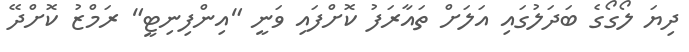
ދިޔަ ލޯގޯގެ ބަދަލުގައި އަލަށް ތައާރަފު ކޮށްފައި ވަނީ "އިންފިނިޓީ" ރަމްޒު ކޮށްދޭ